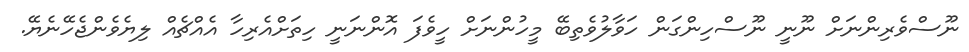
ނޫސްވެރިންނަށް ނޫނީ ނޫސްހިންގަން ހަވާލުވެތިބޭ މީހުންނަށް ހީވެފަ އޮންނަނީ ހިތަށްއެރިހާ އެއްޗެއް ލިޔެވެންޖެހޭނެޔޭ.